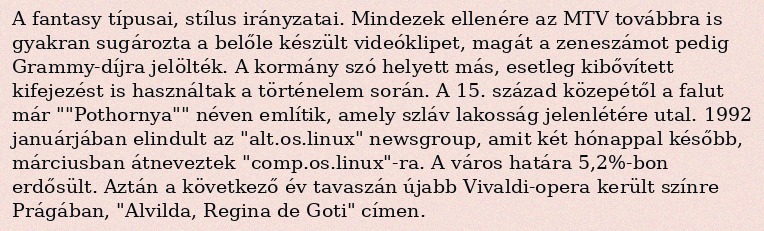
A fantasy típusai, stílus irányzatai. Mindezek ellenére az MTV továbbra is gyakran sugározta a belőle készült videóklipet, magát a zeneszámot pedig Grammy-díjra jelölték. A kormány szó helyett más, esetleg kibővített kifejezést is használtak a történelem során. A 15. század közepétől a falut már ""Pothornya"" néven említik, amely szláv lakosság jelenlétére utal. 1992 januárjában elindult az "alt.os.linux" newsgroup, amit két hónappal később, márciusban átneveztek "comp.os.linux"-ra. A város határa 5,2%-bon erdősült. Aztán a következő év tavaszán újabb Vivaldi-opera került színre Prágában, "Alvilda, Regina de Goti" címen.